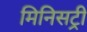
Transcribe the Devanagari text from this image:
मिनिसट्री